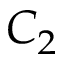
C _ { 2 }